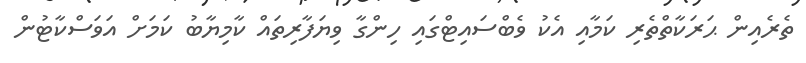
ތެރެއިން ޙަރަކާތްތެރި ކަމާއި އެކު ވެބްސައިޓްގައި ހިންގާ ވިޔަފާރިތައް ކާމިޔާބު ކަމަށް އަވަސްކާޓުން